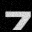
Digit: 7